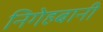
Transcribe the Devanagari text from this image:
निगेहबानी